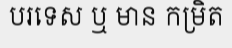
បរទេស ឬ មាន កម្រិត